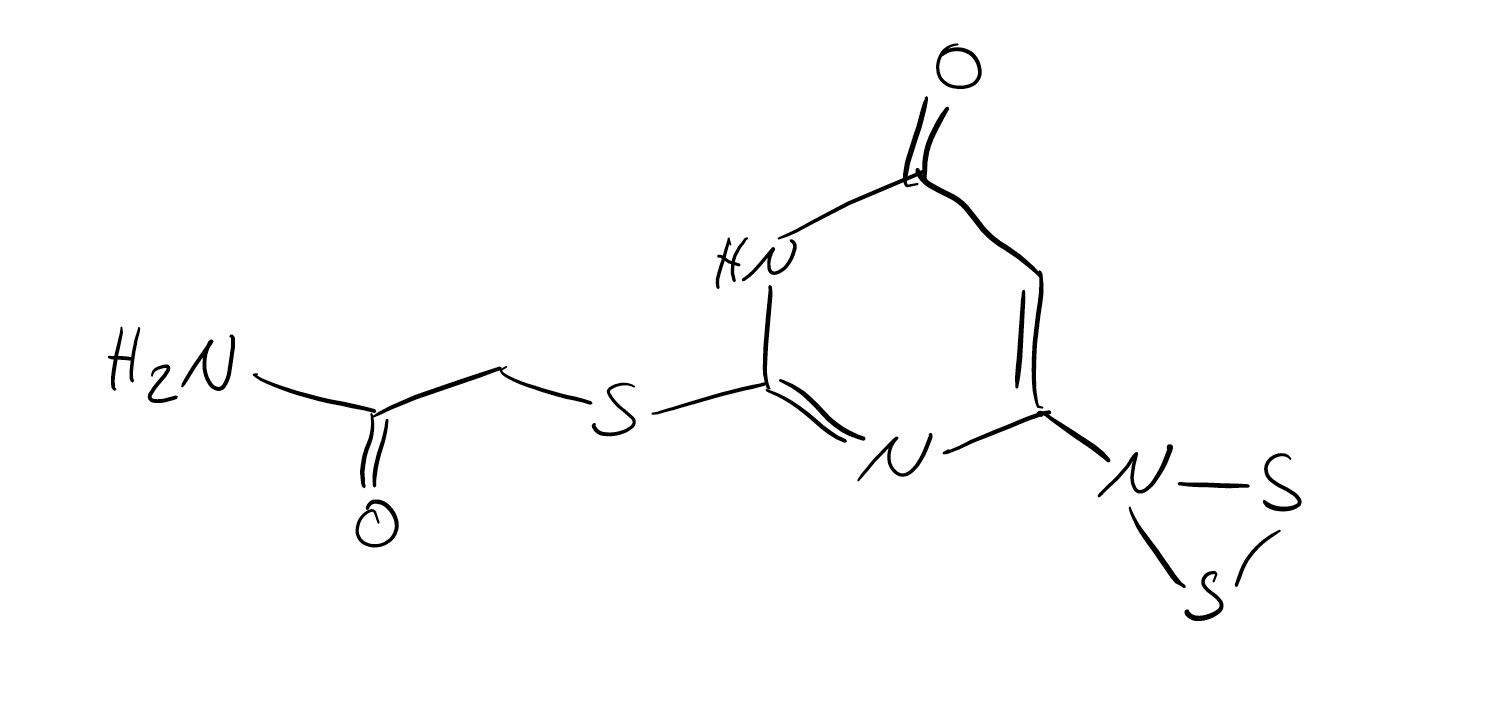
Simplified molecular-input line-entry system (SMILES) notation of the given molecule:
C1=C(N=C(NC1=O)SCC(=O)N)N2SS2